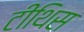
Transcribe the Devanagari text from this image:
टीथिस